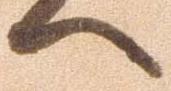
へ